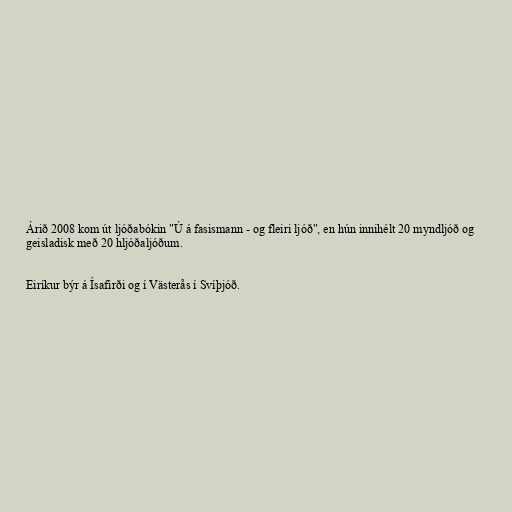
Árið 2008 kom út ljóðabókin "Ú á fasismann - og fleiri ljóð", en hún innihélt 20 myndljóð og
geisladisk með 20 hljóðaljóðum.

Eiríkur býr á Ísafirði og í Västerås í Svíþjóð.